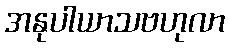
အနုပါယာသဗဟုလာ